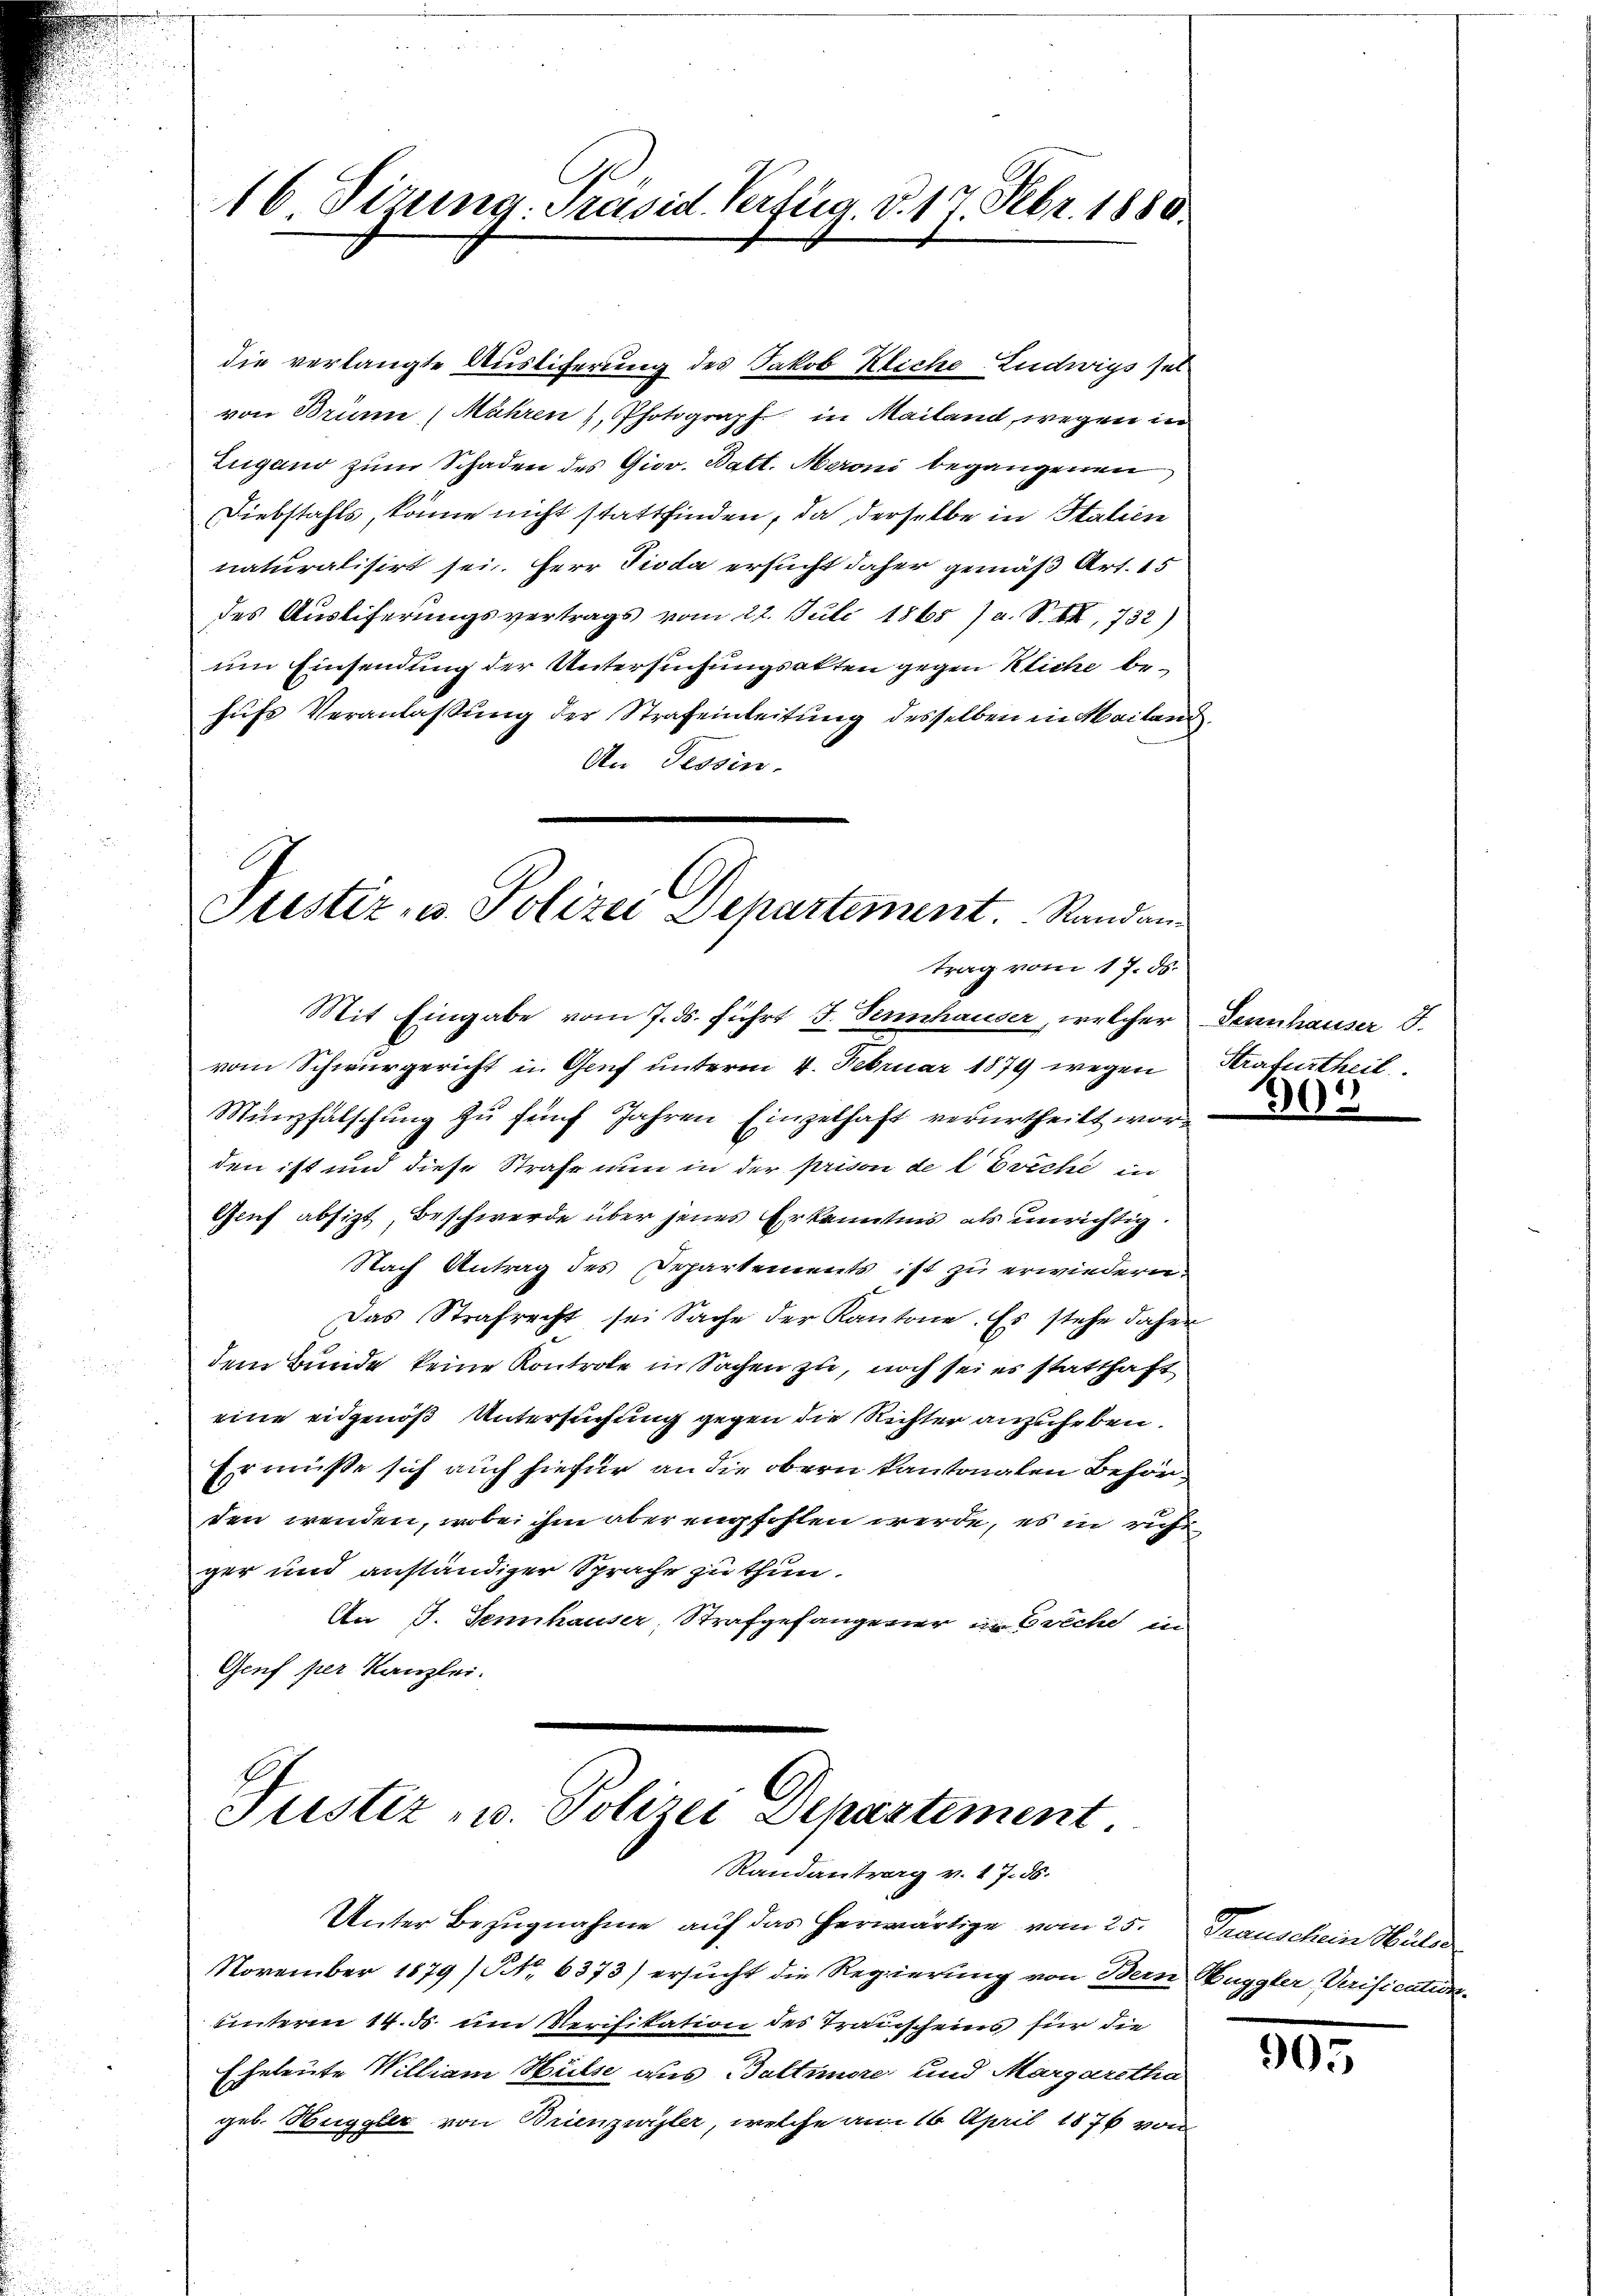
16 Sizung. Präsid. Verfug. d. 17 Febr. 1880.

die verlangte Austiferung des Jakob Kliche Ludwigs sel
von Brüne Mähren , Photograph in Mailand, wegen in
Eugano zum Schaden des Giov. Batt. Meroni begangenen
Diebstahls, könne nicht stattfinden, da derselbe in Italien
naturalisirt sei. Herr Pioda ersucht daher gemäß Art. 15
des Ausliferungsvertrags vom 27. Juli 1865 7a. S. 6, 732)
um Einsendung der Untersuchungsakten gegen Kliche behufs Veranlassung der Strafeinleitung desselben in Mailand
An Tessin.

Justiz- u. Polizei Departement. Standan-
trag vom 17. ds.

Mit Eingabe vom 7. ds. führt J. Seninhauser, welcher Sennhauser 3.
vom Schwurgericht in Genf unterm 4. Februar 1879 wegen
Münzfalschung zŭ fünf Jahren Einzelhaft verurtheilt worden ist und diese Strafe nun in der prison de leiche in
Gruf absizt, Beschwerde über jenes Erkanntnis als unrichtig.
Nach Antrag des Departements ist zu erwiedern.
Das Strafrecht sei Sache der Kantone. Es stehe daher
dem Bunde keine Kontrole in Sachen zu, noch sei es statthaft
eine eidgenoß Untersuchung gegen die Richter anzuheben.
Er müsse sich auch hiefür an die obern kantonalen Behörden wenden, wobei ihm aber empfohlen werde, es in richt
ger und anständiger Sprache zu thun.
An I. Sennhauser, Strafgefangener in Breche in
Genf per Kanzlei.

Justiz- u. Polizei Departement
Randantrag v. 17. 55.
Unter Bezugnahme auf das herwärtige vom 25.

November 1879) NNo. 6373) ersŭcht die Regierung von Bern Huggler, Urificatun
unterm 14. ds. um Verifikation des Transcheins für die
Eheleute William Hülse aus Baltmore und Margaretha
gel. Huggler von Brienzwyler, welche am 16. April 1876 von

Strafurtheil

30

Transchein Maler

905